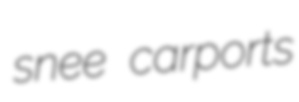
snee carports